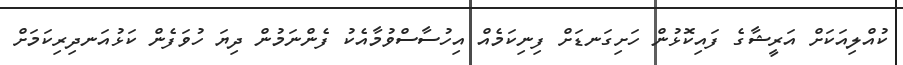
ކުއްލިއަކަށް އަރީޝާގެ ފައިކޮޅުން ހަށިގަނޑަށް ފިނިކަމެއް އިހުސާސްވުމާއެކު ފެންނަމުން ދިޔަ ހުވަފެން ކަޅުއަނދިރިކަމަށް